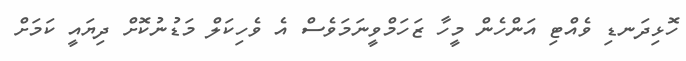
ހޮޅިދަނޑި ވެއްޓި އަންހެން މީހާ ޒަހަމްވީނަމަވެސް އެ ވެހިކަލް މަޑުނުކޮށް ދިޔައީ ކަމަށް